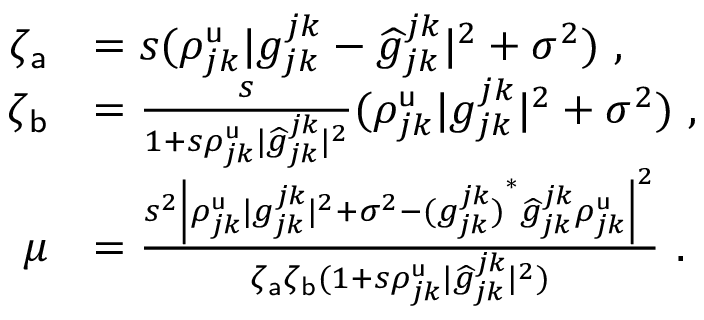
\begin{array} { r l } { \zeta _ { \mathsf { a } } } & { = s ( \rho _ { j k } ^ { \mathsf { u } } | g _ { j k } ^ { j k } - \widehat { g } _ { j k } ^ { j k } | ^ { 2 } + \sigma ^ { 2 } ) \ , } \\ { \zeta _ { \mathsf { b } } } & { = \frac { s } { 1 + s \rho _ { j k } ^ { \mathsf { u } } | \widehat { g } _ { j k } ^ { j k } | ^ { 2 } } ( \rho _ { j k } ^ { \mathsf { u } } | g _ { j k } ^ { j k } | ^ { 2 } + \sigma ^ { 2 } ) \ , } \\ { \mu } & { = \frac { s ^ { 2 } \left| { \rho _ { j k } ^ { \mathsf { u } } | g _ { j k } ^ { j k } | ^ { 2 } + \sigma ^ { 2 } - { ( g _ { j k } ^ { j k } ) } ^ { \ast } \widehat { g } _ { j k } ^ { j k } \rho _ { j k } ^ { \mathsf { u } } } \right| ^ { 2 } } { \zeta _ { \mathsf { a } } \zeta _ { \mathsf { b } } ( 1 + s \rho _ { j k } ^ { \mathsf { u } } | \widehat { g } _ { j k } ^ { j k } | ^ { 2 } ) } \ . } \end{array}